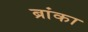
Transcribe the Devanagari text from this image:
ब्रांका